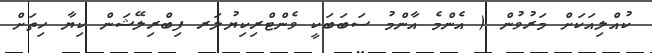
ކުއްލިއަކަށް މަރުވުން ( އެންމެ އާންމު ސަބަބަކީ ވެންޓްރިކިޔުލަރ ފިބްރިލޭޝަން ކިޔާ ހިތަށް